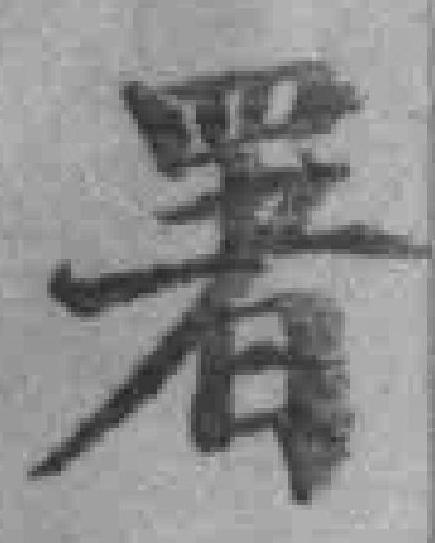
署